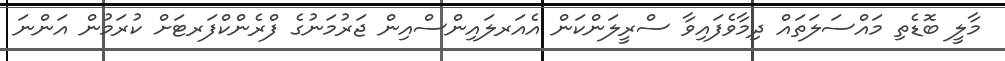
މާލީ ބޮޑެތި މައްސަލަތައް ދިމާވެފައިވާ ސްރީލަންކަން އެއަރލައިންސްއިން ޖަރުމަނުގެ ފްރެންކްފަރޓަށް ކުރަމުން އަންނަ